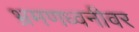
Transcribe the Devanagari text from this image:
भ्रमणध्वनीवर